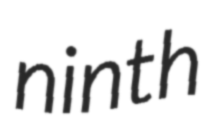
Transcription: ninth